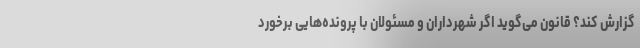
گزارش کند؟ قانون می‌گوید اگر شهرداران و مسئولان با پرونده‌هایی برخورد